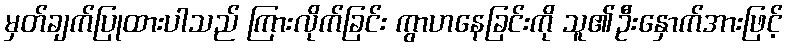
မှတ်ချက်ပြုထားပါသည် ကြားလိုက်ခြင်း ကွာဟနေခြင်းကို သူ၏ဦးနှောက်အားဖြင့်